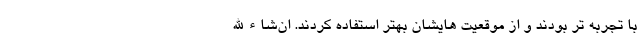
با تجربه تر بودند و از موقعیت هایشان بهتر استفاده کردند. ان‌شاء الله